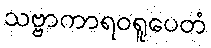
သဗ္ဗာကာရဝရူပေတံ